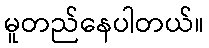
မူတည်နေပါတယ်။